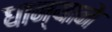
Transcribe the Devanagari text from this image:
धान्याने